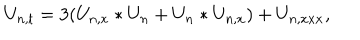
U _ { n , t } = 3 ( U _ { n , x } \ast U _ { n } + U _ { n } \ast U _ { n , x } ) + U _ { n , x x x } ,